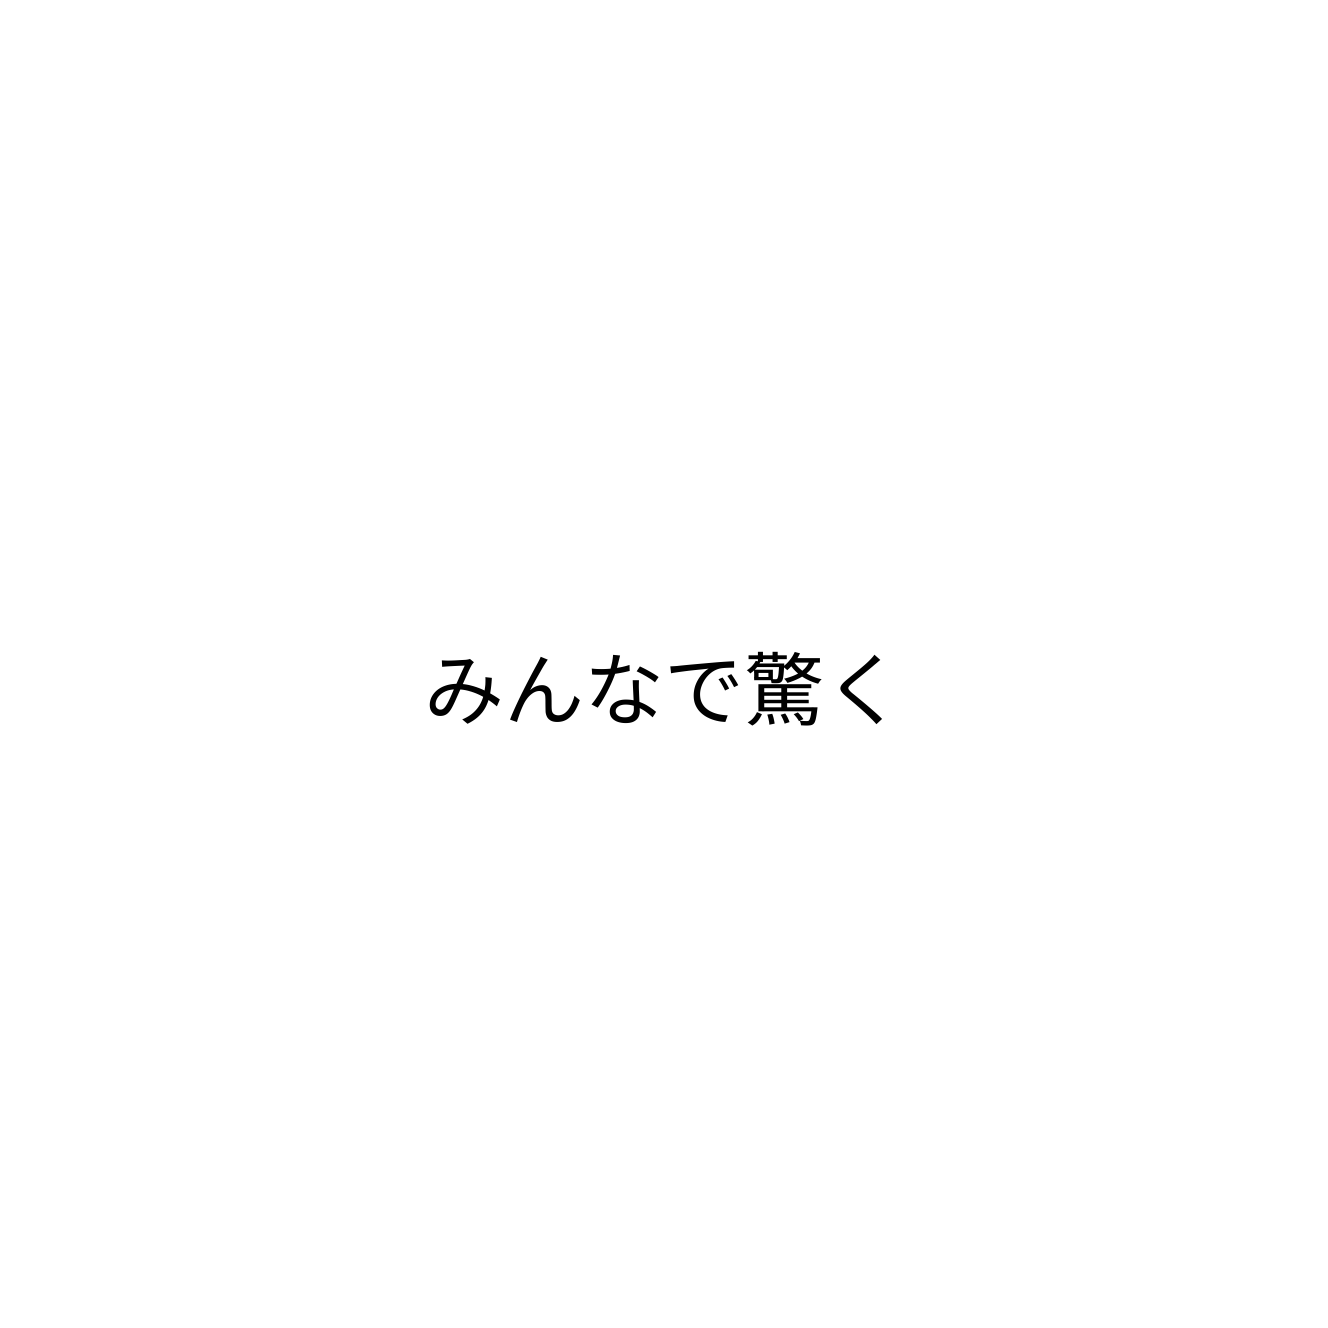
みんなで驚く